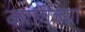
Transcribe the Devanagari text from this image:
कांहींच्या